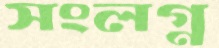
সংলগ্ন